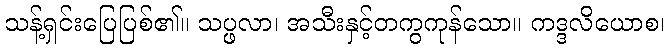
သန့်ရှင်းပြေပြစ်၏။ သပ္ဖလာ၊ အသီးနှင့်တကွကုန်သော။ ကဒ္ဒလိယောစ၊